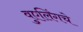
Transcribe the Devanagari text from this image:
वुएलिंगचे